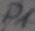
Text: P1